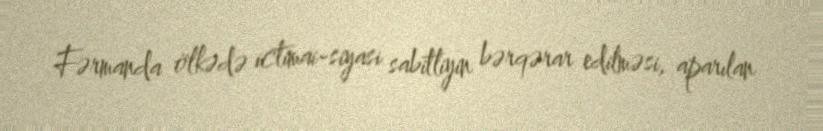
Fərmanda ölkədə ictimai-siyasi sabitliyin bərqərar edilməsi, aparılan